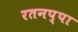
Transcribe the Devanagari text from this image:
रतनप्पा